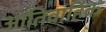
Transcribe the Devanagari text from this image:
आतिवाहिक